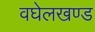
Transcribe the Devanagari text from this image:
वघेलखण्ड